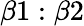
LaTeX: \beta 1:\beta 2